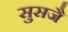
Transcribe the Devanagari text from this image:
सुसजै